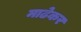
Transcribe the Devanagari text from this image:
माढेकर